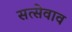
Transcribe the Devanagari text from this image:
सत्सेवाव